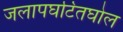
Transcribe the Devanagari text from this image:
जलापघटितघोल